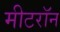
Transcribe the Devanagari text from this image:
मीटरॉन